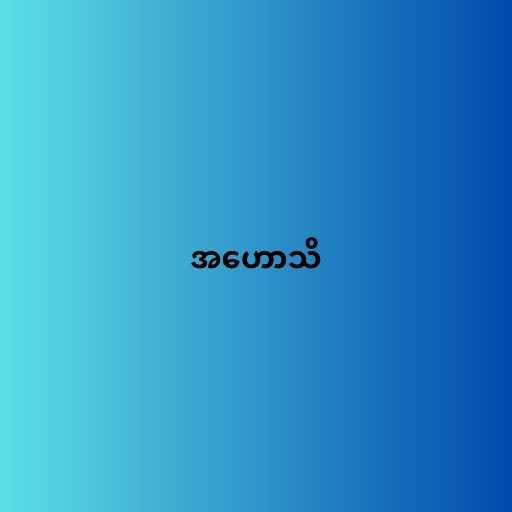
အဟောသိ